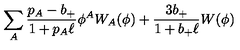
\sum _ { A } { \frac { p _ { A } - b _ { + } } { 1 + p _ { A } \ell } } \phi ^ { A } W _ { A } ( \phi ) + { \frac { 3 b _ { + } } { 1 + b _ { + } \ell } } W ( \phi )